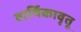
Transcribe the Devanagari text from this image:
वार्षिकावृतू